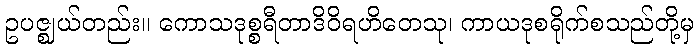
ဥပဇ္ဈယ်တည်း။ ကောသဒုစ္စရီတာဒိဝိရဟိတေသု၊ ကာယဒုစရိုက်စသည်တို့မှ